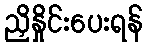
ညှိနှိုင်းပေးရန်